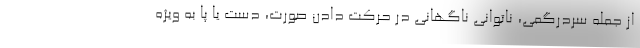
از جمله سردرگمی، ناتوانی ناگهانی در حرکت دادن صورت، دست یا پا به ویژه